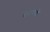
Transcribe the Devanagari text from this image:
ज्यांमधे